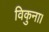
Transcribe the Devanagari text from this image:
विकुना।